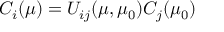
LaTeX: C _ { i } ( \mu ) = U _ { i j } ( \mu , \mu _ { 0 } ) C _ { j } ( \mu _ { 0 } )